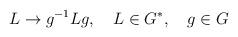
LaTeX: \begin{align*}L\rightarrow g^{-1}Lg, \quad L\in G^{*}, \quad g\in G\end{align*}